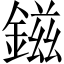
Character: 鎡